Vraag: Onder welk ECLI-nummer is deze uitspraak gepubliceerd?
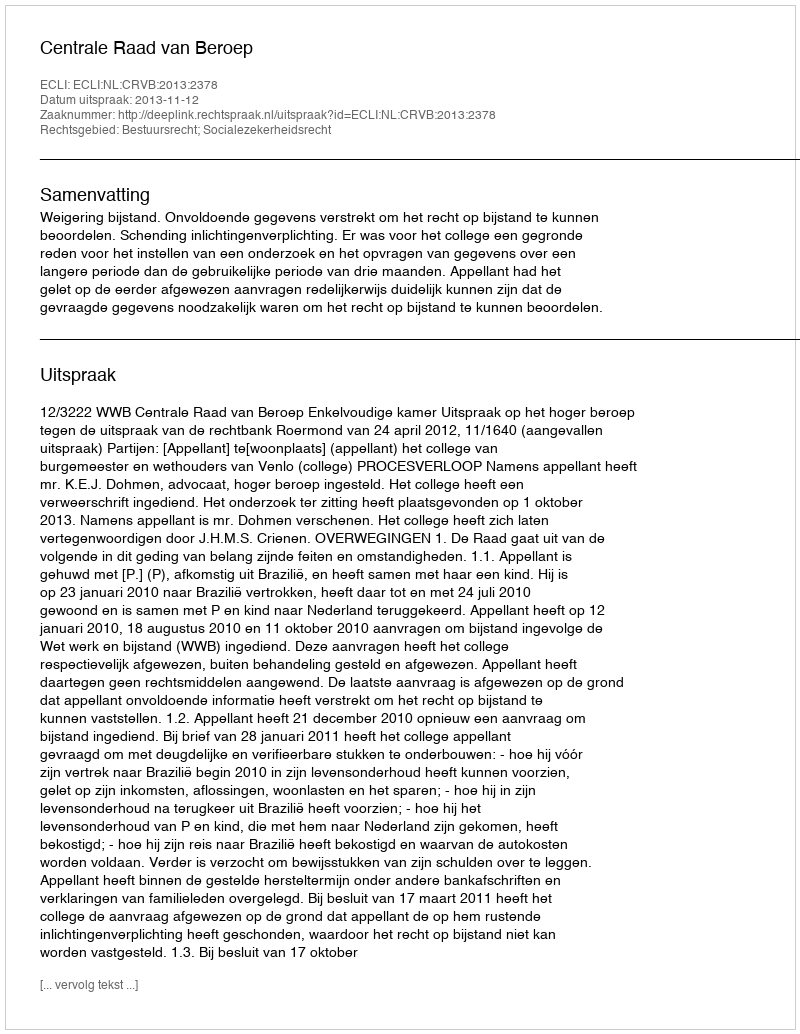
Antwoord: ECLI:NL:CRVB:2013:2378